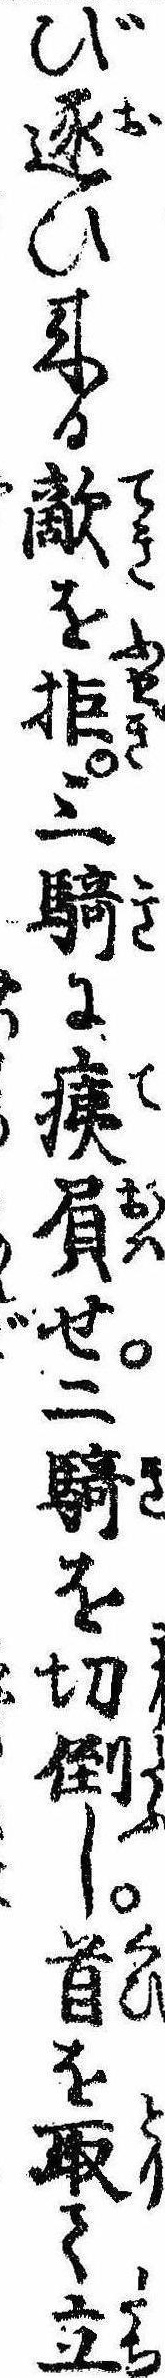
び逐ひ来る敵を拒三騎に痍屓せ二騎を切倒し首を取て立